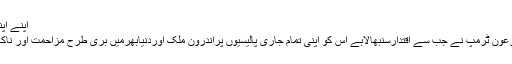
اپنے اپنے موقف پر ...
قصرسفیدکے فرعون ٹرمپ نے جب سے اقتدارسنبھالاہے اس کو اپنی تمام جاری پالیسیوں پراندرون ملک اوردنیابھرمیں بری طرح مزاحمت اور ناکامی کاسامناہے۔